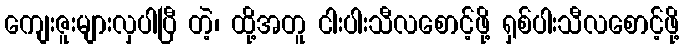
ကျေးဇူးများလှပါပြီ တဲ့၊ ထို့အတူ ငါးပါးသီလစောင့်ဖို့ ရှစ်ပါးသီလစောင့်ဖို့